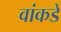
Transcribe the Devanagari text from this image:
वांकडें